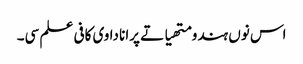
اس نوں ہندو متھیا تے پرانا دا وی کافی علم سی۔